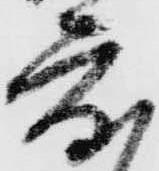
度